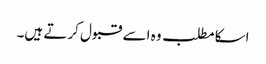
اسکا مطلب وہ اسے قبول کرتے ہیں۔